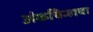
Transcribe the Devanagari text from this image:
अंकचिन्हाचा